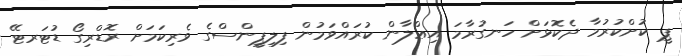
ޕީ ކުށްކުރުމާ ދެކޮޅަށް ހަނގުރާމަ އިޢްލާން ކުރައްވަމުން ފިލިޕީންސްގެ ވެރިކަމަށް ރޮޑްރިގޯ ޑުޓަރޓޭ